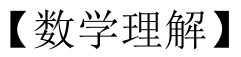
【数学理解】